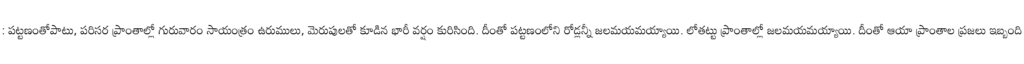
: పట్టణంతోపాటు, పరిసర ప్రాంతాల్లో గురువారం సాయంత్రం ఉరుములు, మెరుపులతో కూడిన భారీ వర్షం కురిసింది. దీంతో పట్టణంలోని రోడ్లన్నీ జలమయమయ్యాయి. లోతట్టు ప్రాంతాల్లో జలమయమయ్యాయి. దీంతో ఆయా ప్రాంతాల ప్రజలు ఇబ్బంది